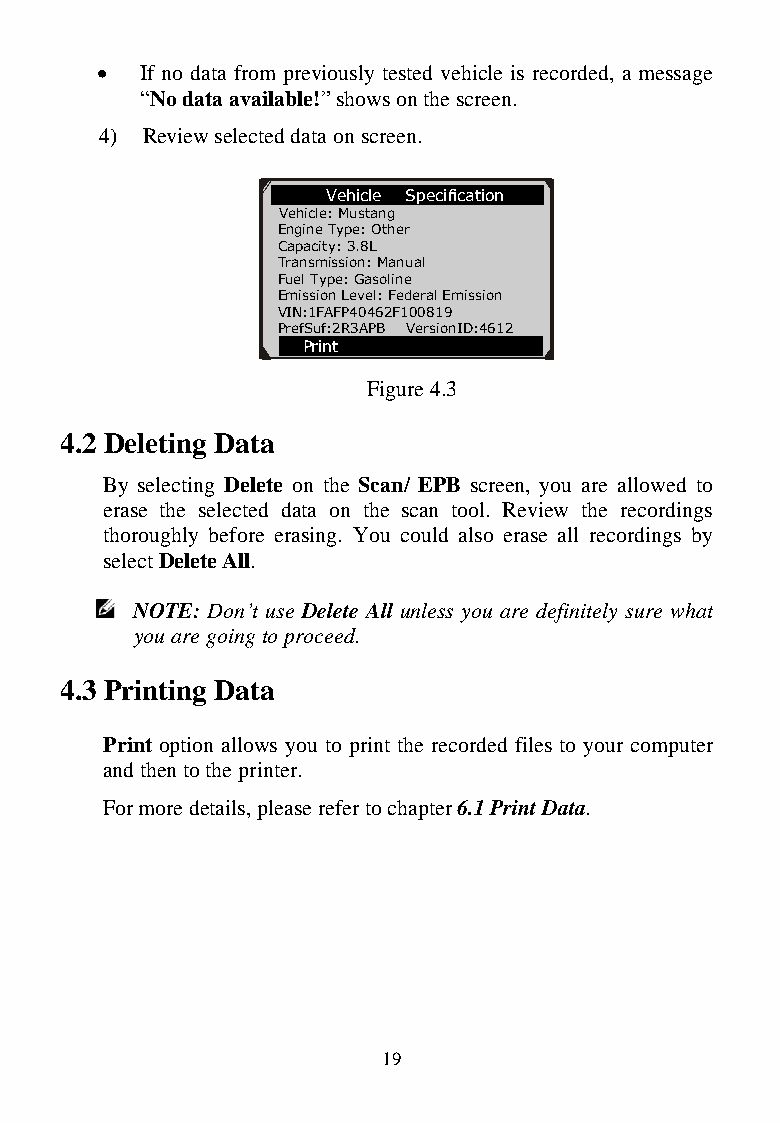
  If no data from previously tested vehicle is recorded, a message
 “No data available!” shows on the screen.
 4) Review selected data on screen.
 Vehicle Specification
 Vehicle: Mustang
 Engine Type: Other
 Capacity: 3.8L
 Transmission: Manual
 Fuel Type: Gasoline
 Emission Level: Federal Emission
 VIN:1FAFP40462F100819
 PrefSuf:2R3APB VersionID:4612
 Print
 Figure 4.3
 4.2 Deleting Data
 By selecting Delete on t he Scan/ EPB screen, you are allowed to
 erase the selected data on the scan tool. Review the recordings
 thoroughly before erasin g. You could also erase all recordings by
 select Delete All.
 NOTE: Don’t use De lete All unless you are definitely sure what
 you are going to proce ed.
 4.3 Printing Data
 Print option allows you t o print the recorded files to your computer
 and then to the printer.
 For more details, please refer to chapter 6.1 Print Data.
 19